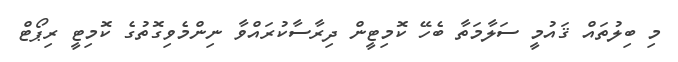
މި ބިލުތައް ޤައުމީ ސަލާމަތާ ބެހޭ ކޮމިޓީން ދިރާސާކުރައްވާ ނިންމެވިގޮތުގެ ކޮމިޓީ ރިޕޯޓް